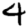
Digit: 4